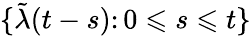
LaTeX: \{ \tilde{\lambda}(t-s)\colon 0\leqslant s\leqslant t\}